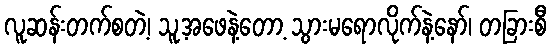
လူဆန်းတက်စတဲ့၊ သူ့အဖေနဲ့တော့ သွားမရောလိုက်နဲ့နော်၊ တခြားစီ